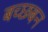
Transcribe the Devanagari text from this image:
बच्छबन